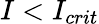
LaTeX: I<I_{crit}